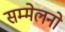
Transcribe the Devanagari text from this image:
सम्मेलनो